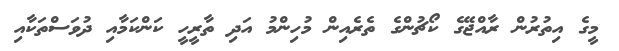
މީގެ އިތުރުން ރާއްޖޭގެ ކޯޗުންގެ ތެރެއިން މުހިންމު އަދި ތާރީހީ ކަންކަމާއި ދުވަސްތަކާއި